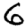
Digit: 6